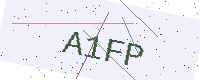
Text: A1FP